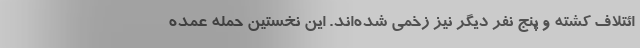
ائتلاف کشته و پنج نفر دیگر نیز زخمی شده‌اند. این نخستین حمله عمده